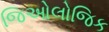
જિઓલોજિક